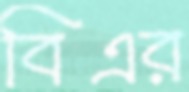
বিএর